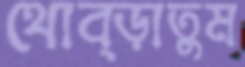
থোব্‌ড়াতুম